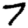
Digit: 7